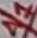
Text: A1